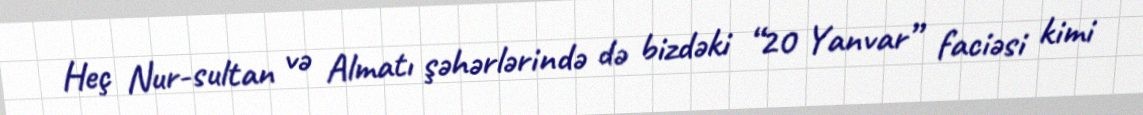
Heç Nur-sultan və Almatı şəhərlərində də bizdəki “20 Yanvar” faciəsi kimi